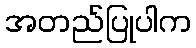
အတည်ပြုပါက